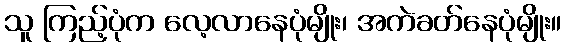
သူ ကြည့်ပုံက လေ့လာနေပုံမျိုး၊ အကဲခတ်နေပုံမျိုး။